Lunatic asylums in Bengal annual reports 1912-1924 - 1912-1924
Year: 1912
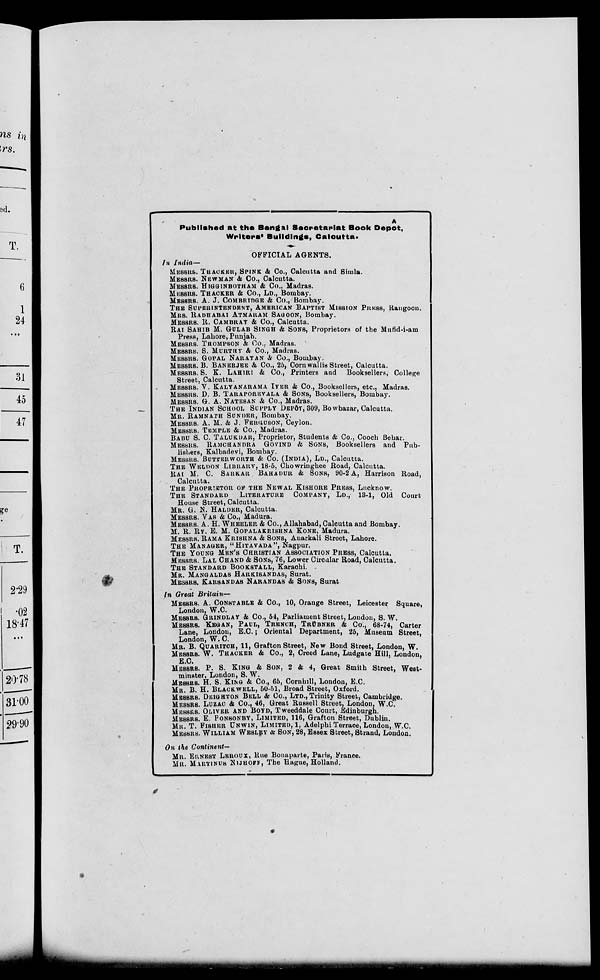
Published at the Bengal Secretariat Book Depôt,
Writers' Buildings, Calcutta.
OFFICIAL AGENTS.
In India—
MESSRS. THACKER, SPINK & Co., Calcutta and Simla.
MESSRS. NEWMAN & Co., Calcutta.
MESSRS. HIGGINBOTHAM & Co., Madras.
MESSRS. THACKER & Co., LD., Bombay.
MESSRS. A. J. COMBRIDGE & Co., Bombay.
THE SUPERINTENDENT, AMERICAN BAPTIST MISSION PRESS, Rangoon.
MRS. RADHABAI ATMARAM SAGOON, Bombay.
MESSRS. R. CAMBRAY & Co., Calcutta.
RAI SAHIB M. GULAB SINGH & SONS, Proprietors of the Mufid-i-am
Press, Lahore, Punjab.
MESSRS. THOMPSON & Co., Madras.
MESSRS. S. MURTHY & Co., Madras.
MESSRS. GOPAL NARAYAN & Co., Bombay.
MESSRS. B. BANERJEE & Co., 25, Cornwallis Street, Calcutta.
MESSRS. S. K. LAHIRI & Co., Printers and Booksellers, College
Street, Calcutta.
MESSRS. V. KALYANARAMA IYER & Co., Booksellers, etc., Madras.
MESSRS. D. B. TARAPOREVALA & SONS, Booksellers, Bombay.
MESSRS. G.A. NATESAN & Co., Madras.
THE INDIAN SCHOOL SUPPLY DEPÔT, 809, Bowbazar, Calcutta.
MR. RAMNATH SUNDER, Bombay.
MESSRS. A. M. & J. FERGUSON, Ceylon.
MESSRS. TEMPLE & Co., Madras.
BABU S. C. TALUKDAR, Proprietor, Students & Co., Cooch Behar.
MESSRS. RAMCHANDRA GOVIND & SONS, Booksellers and Pub-
lishers, Kalbadevi, Bombay.
MESSRS. BUTTERWORTH & Co. (INDIA), LD., Calcutta.
THE WELDON LIBRARY, 18-5, Chowringhee Road, Calcutta.
RAI M. C. SARKAR BAHADUR & SONS, 90-2 A, Harrison Road,
Calcutta.
THE PROPRIETOR OF THE NEWAL KISHORE PRESS, Lucknow.
THE STANDARD
LITERATURE COMPANY, LD., 18-1, Old Court
House Street, Calcutta.
MR. G. N. HALDER, Calcutta.
MESSRS. VAS & Co., Madura.
MESSRS. A. H. WHEELER & Co., Allahabad, Calcutta and Bombay.
M. R. RY. E. M. GOPALAKRISHNA KONE, Madura.
MESSRS. RAMA KRISHNA & SONS, Anarkali Street, Lahore.
THE MANAGER, "HITAVADA", Nagpur.
THE YOUNG MEN'S CHRISTIAN ASSOCIATION PRESS, Calcutta.
MESSRS. LAL CHAND & SONS, 76, Lower Circular Road, Calcutta.
THE STANDARD BOOKSTALL, Karachi.
MR. MANGALDAS HARKISANDAS, Surat.
MESSRS. KARSANDAS NARANDAS & SONS, Surat
In Great Britain—
MESSRS. A. CONSTABLE & Co., 10, Orange Street, Leicester Square,
London, W.C.
MESSRS. GRINDLAY & Co., 54, Parliament Street, London, S. W.
MESSRS. KEGAN, PAUL, TRENCH, TRÜBNER & Co., 68-74, Carter
Lane, London, E.G.; Oriental Department, 25, Museum Street,
London, W. C.
MR. B. QUARIRCH, 11, Grafton Street, New Bond Street, London, W.
MESSRS. W. THACKER & Co., 2, Creed Lane, Ludgate Hill, London.
E.C.
MESSRS. P. S. KING & SON, 2 & 4, Great Smith Street, West-
minster, London, S. W.
MESSRS. H. S. KING & Co., 65, Cornhill, London, E.C.
MR. B. H. BLACKWELL, 50-51, Broad Street, Oxford.
MESSRS. DEIGHTON BELL & Co., LTD., Trinity Street, Cambridge.
MESSRS. LUZAC & Co.,46, Great Russell Street, London, W.C.
MESSRS. OLIVER AND BOYD, Tweeddale Court, Edinburgh.
MESSRS. E. PONSONEY, LIMITED, 116, Grafton Street, Dublin.
MR T. FISHER UNWIN, LIMITED, 1, Adelphi Terrace, London, W.C.
MESSRS. WILLIAM WESLEY & SON, 28, Essex Street, Strand, London.
On the Continent—
MR. ERNEST LEROUX, Rue Bonaparte, Paris, France.
MR. MARTINUS NIJHOFF, The Hague, Holland.